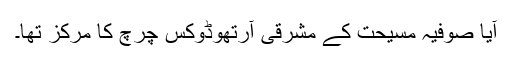
آیا صوفیہ مسیحت کے مشرقی آرتھوڈوکس چرچ کا مرکز تھا۔